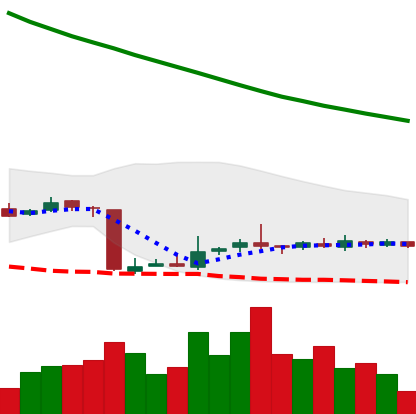
Ticker: NEO-USD
Chart end date: 2018-10-25
Forward return: -7.946%
Label: down_7plus